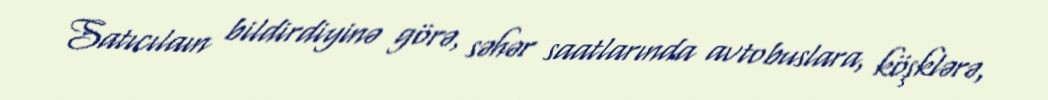
Satıcılaın bildirdiyinə görə, səhər saatlarında avtobuslara, köşklərə,